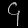
Digit: ၄